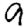
Digit: 9